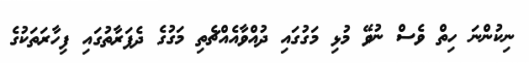
ނިކުންނަ ހިތް ވެސް ނުވޭ މުޅި މަގުގައި ދުއްވާއެއްޗެތި މަގުގެ ދެފަރާތުގައި ފިހާރަތަކުގެ